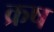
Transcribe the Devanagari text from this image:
क्रष